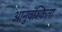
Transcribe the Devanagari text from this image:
आनुवंश्किता